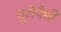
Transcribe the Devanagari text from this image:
यूरोपैथी